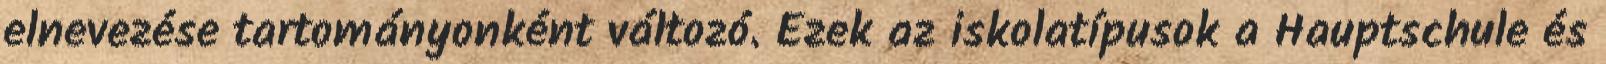
elnevezése tartományonként változó. Ezek az iskolatípusok a Hauptschule és